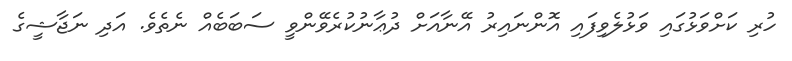
ހުރި ކަށްވަޅުގައި ވަޅުލެވިފައި އޮންނައިރު އޭނާއަށް ދުޢާނުކުރެވޭންވީ ސަބަބެއް ނެތެވެ. އަދި ނަޖާޝީގެ